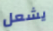
يشعل